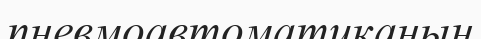
пневмоавтоматиканың